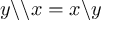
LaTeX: y \backslash \backslash x = x \backslash y